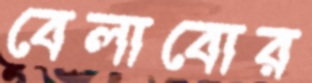
বেলাবোর